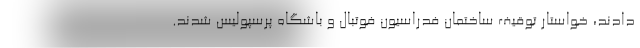
دادند، خواستار توقیف ساختمان فدراسیون فوتبال و باشگاه پرسپولیس شدند.